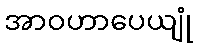
အာဝဟာပေယျုံ